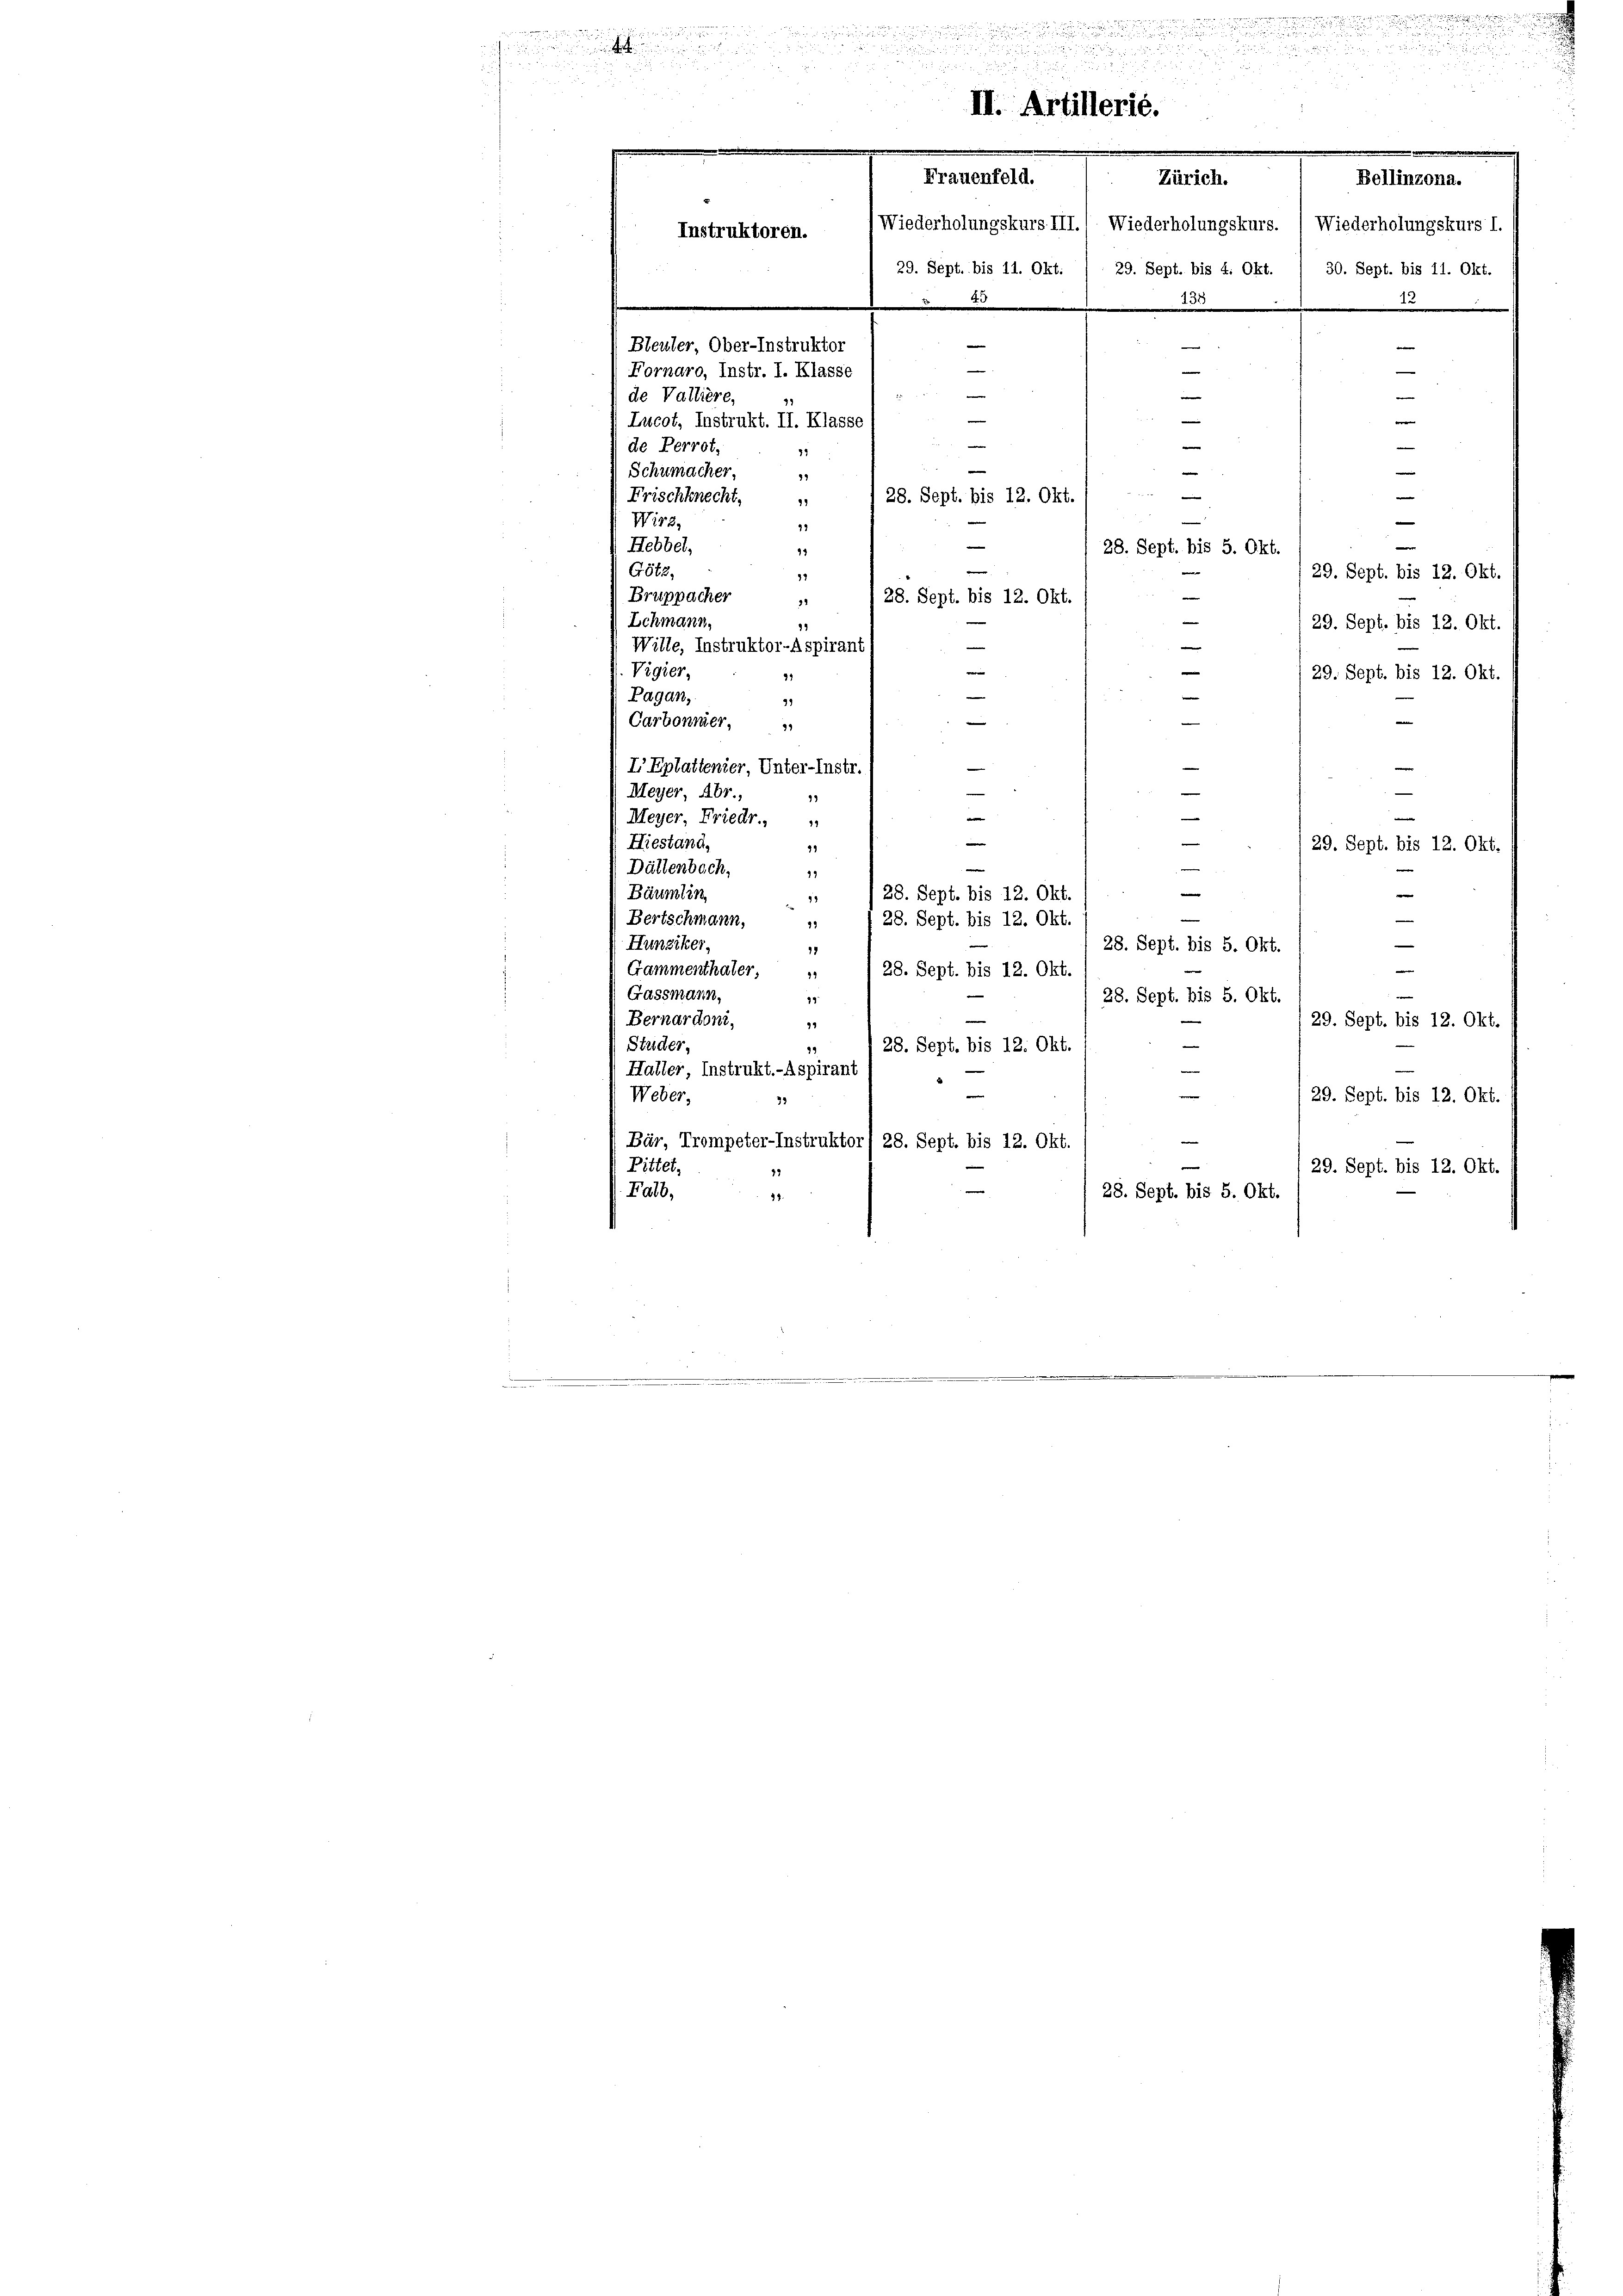
u

e
Götz,
29. Sept. bis 12. Okt.
17
e
Bruppacher
28. Sept. bis 12. Okt
32
Ichmann,
29. Sept. bis 12. Okt.
19
s
Wille, Instruktor-Aspirant
e
Vigier,
29. Sept. bis 12. Okt.
91
Pagan,
91
e
Carbonner,
3
I Eplattenier, Unter-Instr.
e
e
Meyer, Abr.,
e
13
e
Meyer, Friedr.

Hiestand,
29. Sept. bis 12. Okt.
11
e
Dällenbach,
e
19
e
e
Bäumlin
28. Sept. bis 12. Okt.
93

e
Bertschmann,
28. Sept. bis 12. Okt.
79
e
Hunziker,
28. Sept. bis 5. Okt.
18
Gammenthaler, „ 1 28. Sept. bis 12. Okt.
Gassmann,
28. Sept. bis 5. Okt.
99
Bernardoni,
29. Sept. bis 12. Okt.
94
¬
Studer,
28. Sept. bis 12. Okt.
99

de
n

2
5 x 4
u
II. Artillerié.
Frauenfeld.
Bellinzona.
Zürich.
(Wiederholungskurs III., Wiederholungskurs. (Wiederholungskurs I.
Instruktoren.
29. Sept. bis 11. Okt. / 29. Sept. bis 4. Okt. / 30. Sept. bis 11. Okt.
433
e
1
e
e
Steuer, Ober-Instruktor
—
—
e
e
Fornaro, Instr. I. Klasse
e
 12
de Valliere,
e
e
Lucot, Instrukt. II. Klasse
e
—
de Perrot,
79
e
Schumacher,
|
81
4
Frischknecht,
28. Sept. bis 12. Okt
91
.
Wirz,
e
33
—
Hebbel,
28. Sept. bis 5. Okt.
13

—
e

e

Haller, Instrukt.-Aspirant
e
Weber,
29. Sept. bis 12. Okt.
33
Bär, Trompeter-Instruktor, 28. Sept. bis 12. Okt.

Pittet,
29. Sept. bis 12. Okt.
Falb,
28. Sept. bis 5. Okt.
49.

h
u